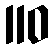
110